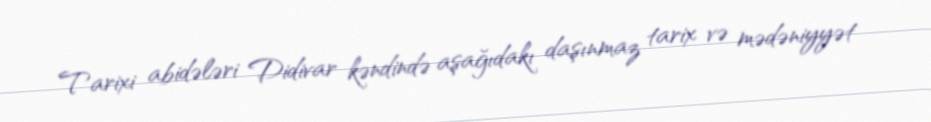
Tarixi abidələri Didivar kəndində aşağıdakı daşınmaz tarix və mədəniyyət